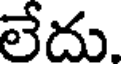
లేదు.